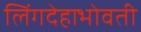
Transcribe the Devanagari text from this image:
लिंगदेहाभोवती